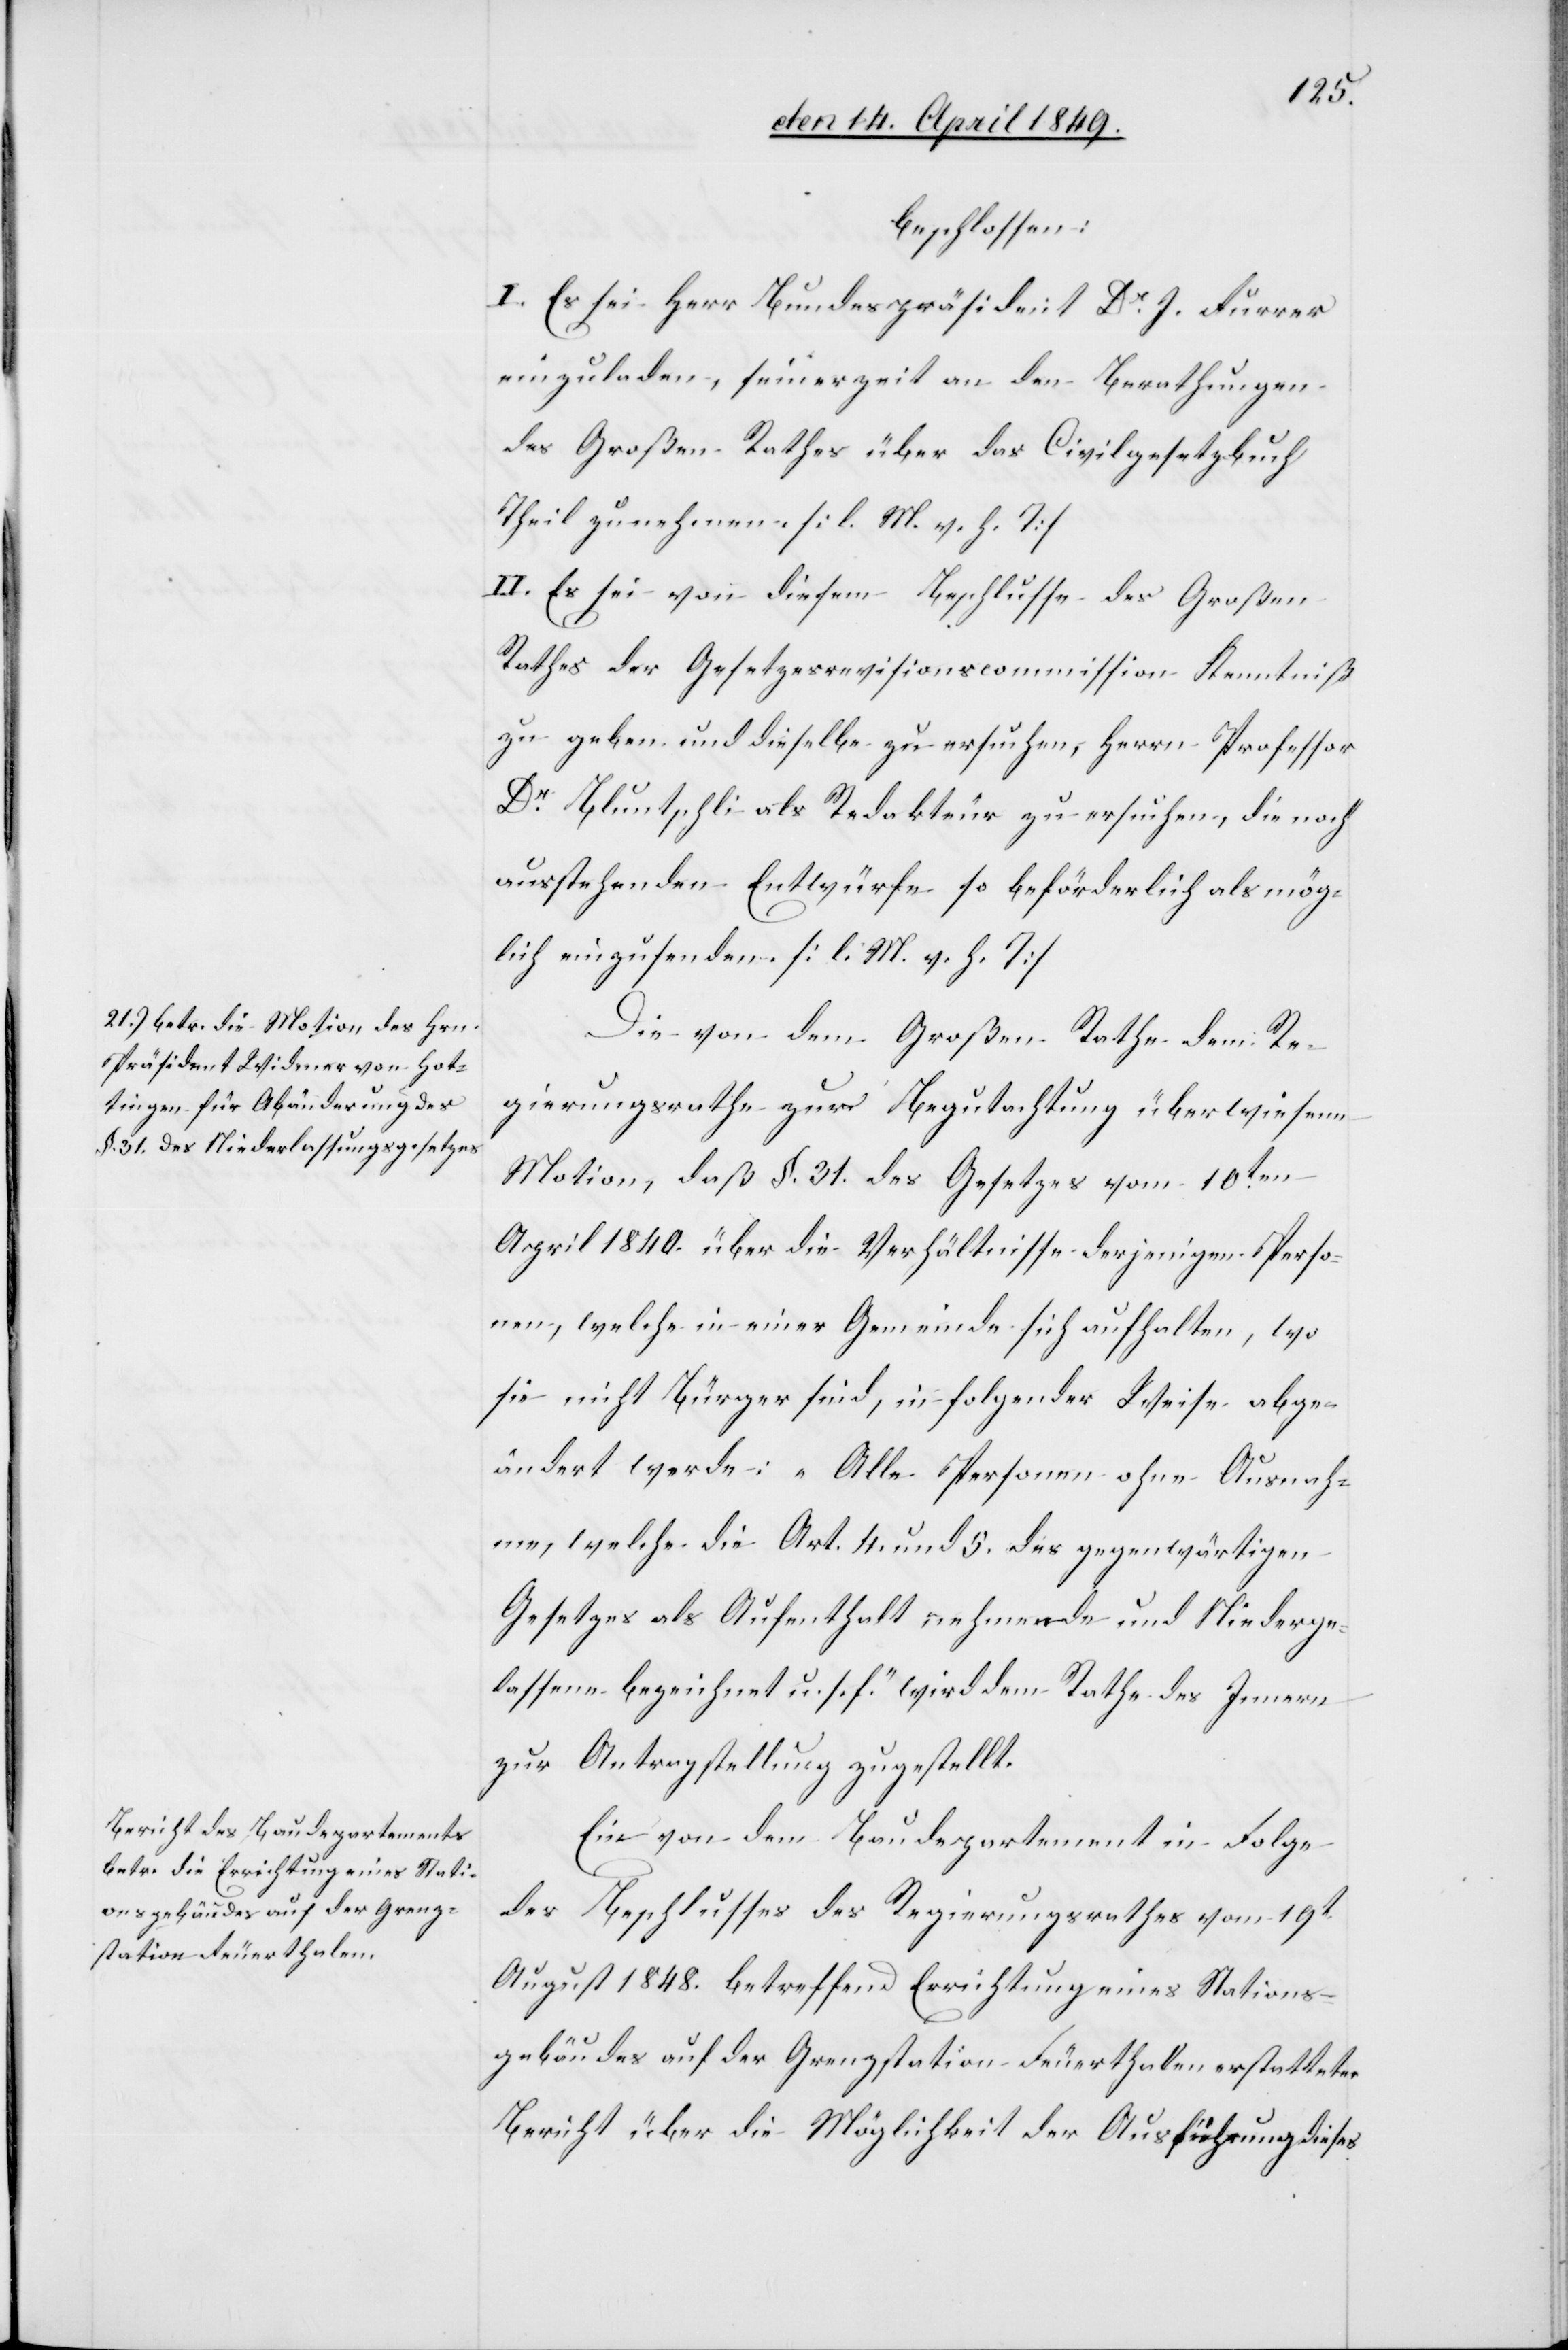
beschlossen:
I. Es sei Herr Bundespräsident Dr J. Furrer
einzuladen, seinerzeit an den Berathungen
des Großen Rathes über das Civilgesetzbuch
Theil zu nehmen [l. M. h. T]
II. Es sei von diesem Beschlusse des Großen
Rathes der Gesetzesrevisionscommission Kenntniß
zu geben und dieselbe zu ersuchen, Herrn Professor
Dr Bluntschli als Redakteur zu ersuchen, die noch
ausstehenden Entwürfe so beförderlich als mög¬
lich einzusenden [l. M. h. T][.]
Die von dem Großen Rathe dem Re¬
gierungsrathe zur Begutachtung überwiesene
Motion, daß §. 31. des Gesetzes vom 10ten
April 1840. über die Verhältnisse derjenigen Perso¬
nen, welche in einer Gemeinde sich aufhalten, wo
sie nicht Bürger sind, in folgender Weise abge¬
ändert werde: „Alle Personen ohne Ausnah¬
me, welche die Art. 4. und 5. des gegenwärtigen
Gesetzes als Aufenthalt nehmende und Niederge¬
lassene bezeichnet u. s. f.“ wird dem Rathe des Innern
zur Antragstellung zugestellt.
Ein von dem Baudepartement in Folge
des Beschlusses des Regierungsrathes vom 19t
August 1848. betreffend Errichtung eines Stations¬
gebäudes auf der Grenzstation Feuerthalen erstatteter
Bericht über die Möglichkeit der Ausführung dieses